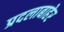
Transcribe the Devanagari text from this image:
प्रदलाबाहेर